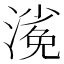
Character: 𣻖